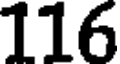
116